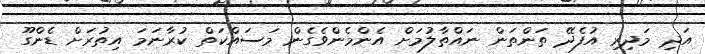
އަދި މަދިރި އުފެދޭ ތަންތަން ނައްތާލުމަށް އެންމެންވެގެން މަސައްކަތް ކުރާނަމަ އިތުރަށް ޑެންގޫ